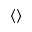
\langle \rangle